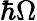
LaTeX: \hbar\Omega